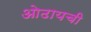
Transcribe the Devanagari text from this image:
ओढायची